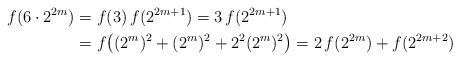
LaTeX: \begin{align*}f(6 \cdot 2^{2m})&= f(3)\,f(2^{2m+1}) = 3\,f(2^{2m+1}) \\*&= f\big( (2^m)^2 + (2^m)^2 + 2^2(2^m)^2 \big) = 2\,f(2^{2m}) + f(2^{2m+2})\end{align*}